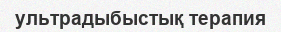
ультрадыбыстық терапия